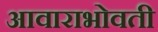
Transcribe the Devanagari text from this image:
आवाराभोवती